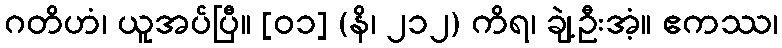
ဂတိဟံ၊ ယူအပ်ပြီ။ [၀၁] (နိ၊ ၂၁၂) ကိရ၊ ချဲ့ဦးအံ့။ ဧကဿ၊